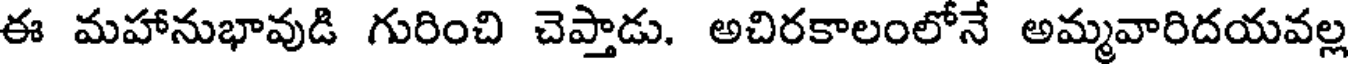
ఈ మహానుభావుడి గురించి చెప్తాడు. అచిరకాలంలోనే అమ్మవారిదయవల్ల